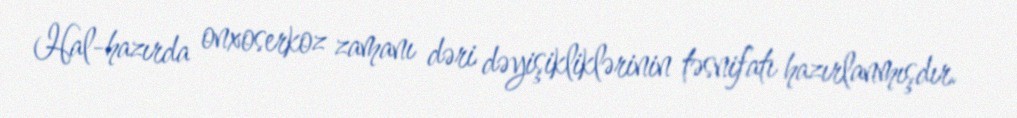
Hal-hazırda onxoserkoz zamanı dəri dəyişikliklərinin təsnifatı hazırlanmışdır.